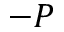
- { \cal P }